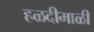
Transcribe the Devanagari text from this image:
हळदीमाळी